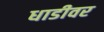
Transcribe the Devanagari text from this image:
धाडीवर